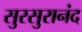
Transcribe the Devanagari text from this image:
सुरसुरानंद